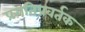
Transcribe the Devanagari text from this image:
प्रगतिप्रवर्तक